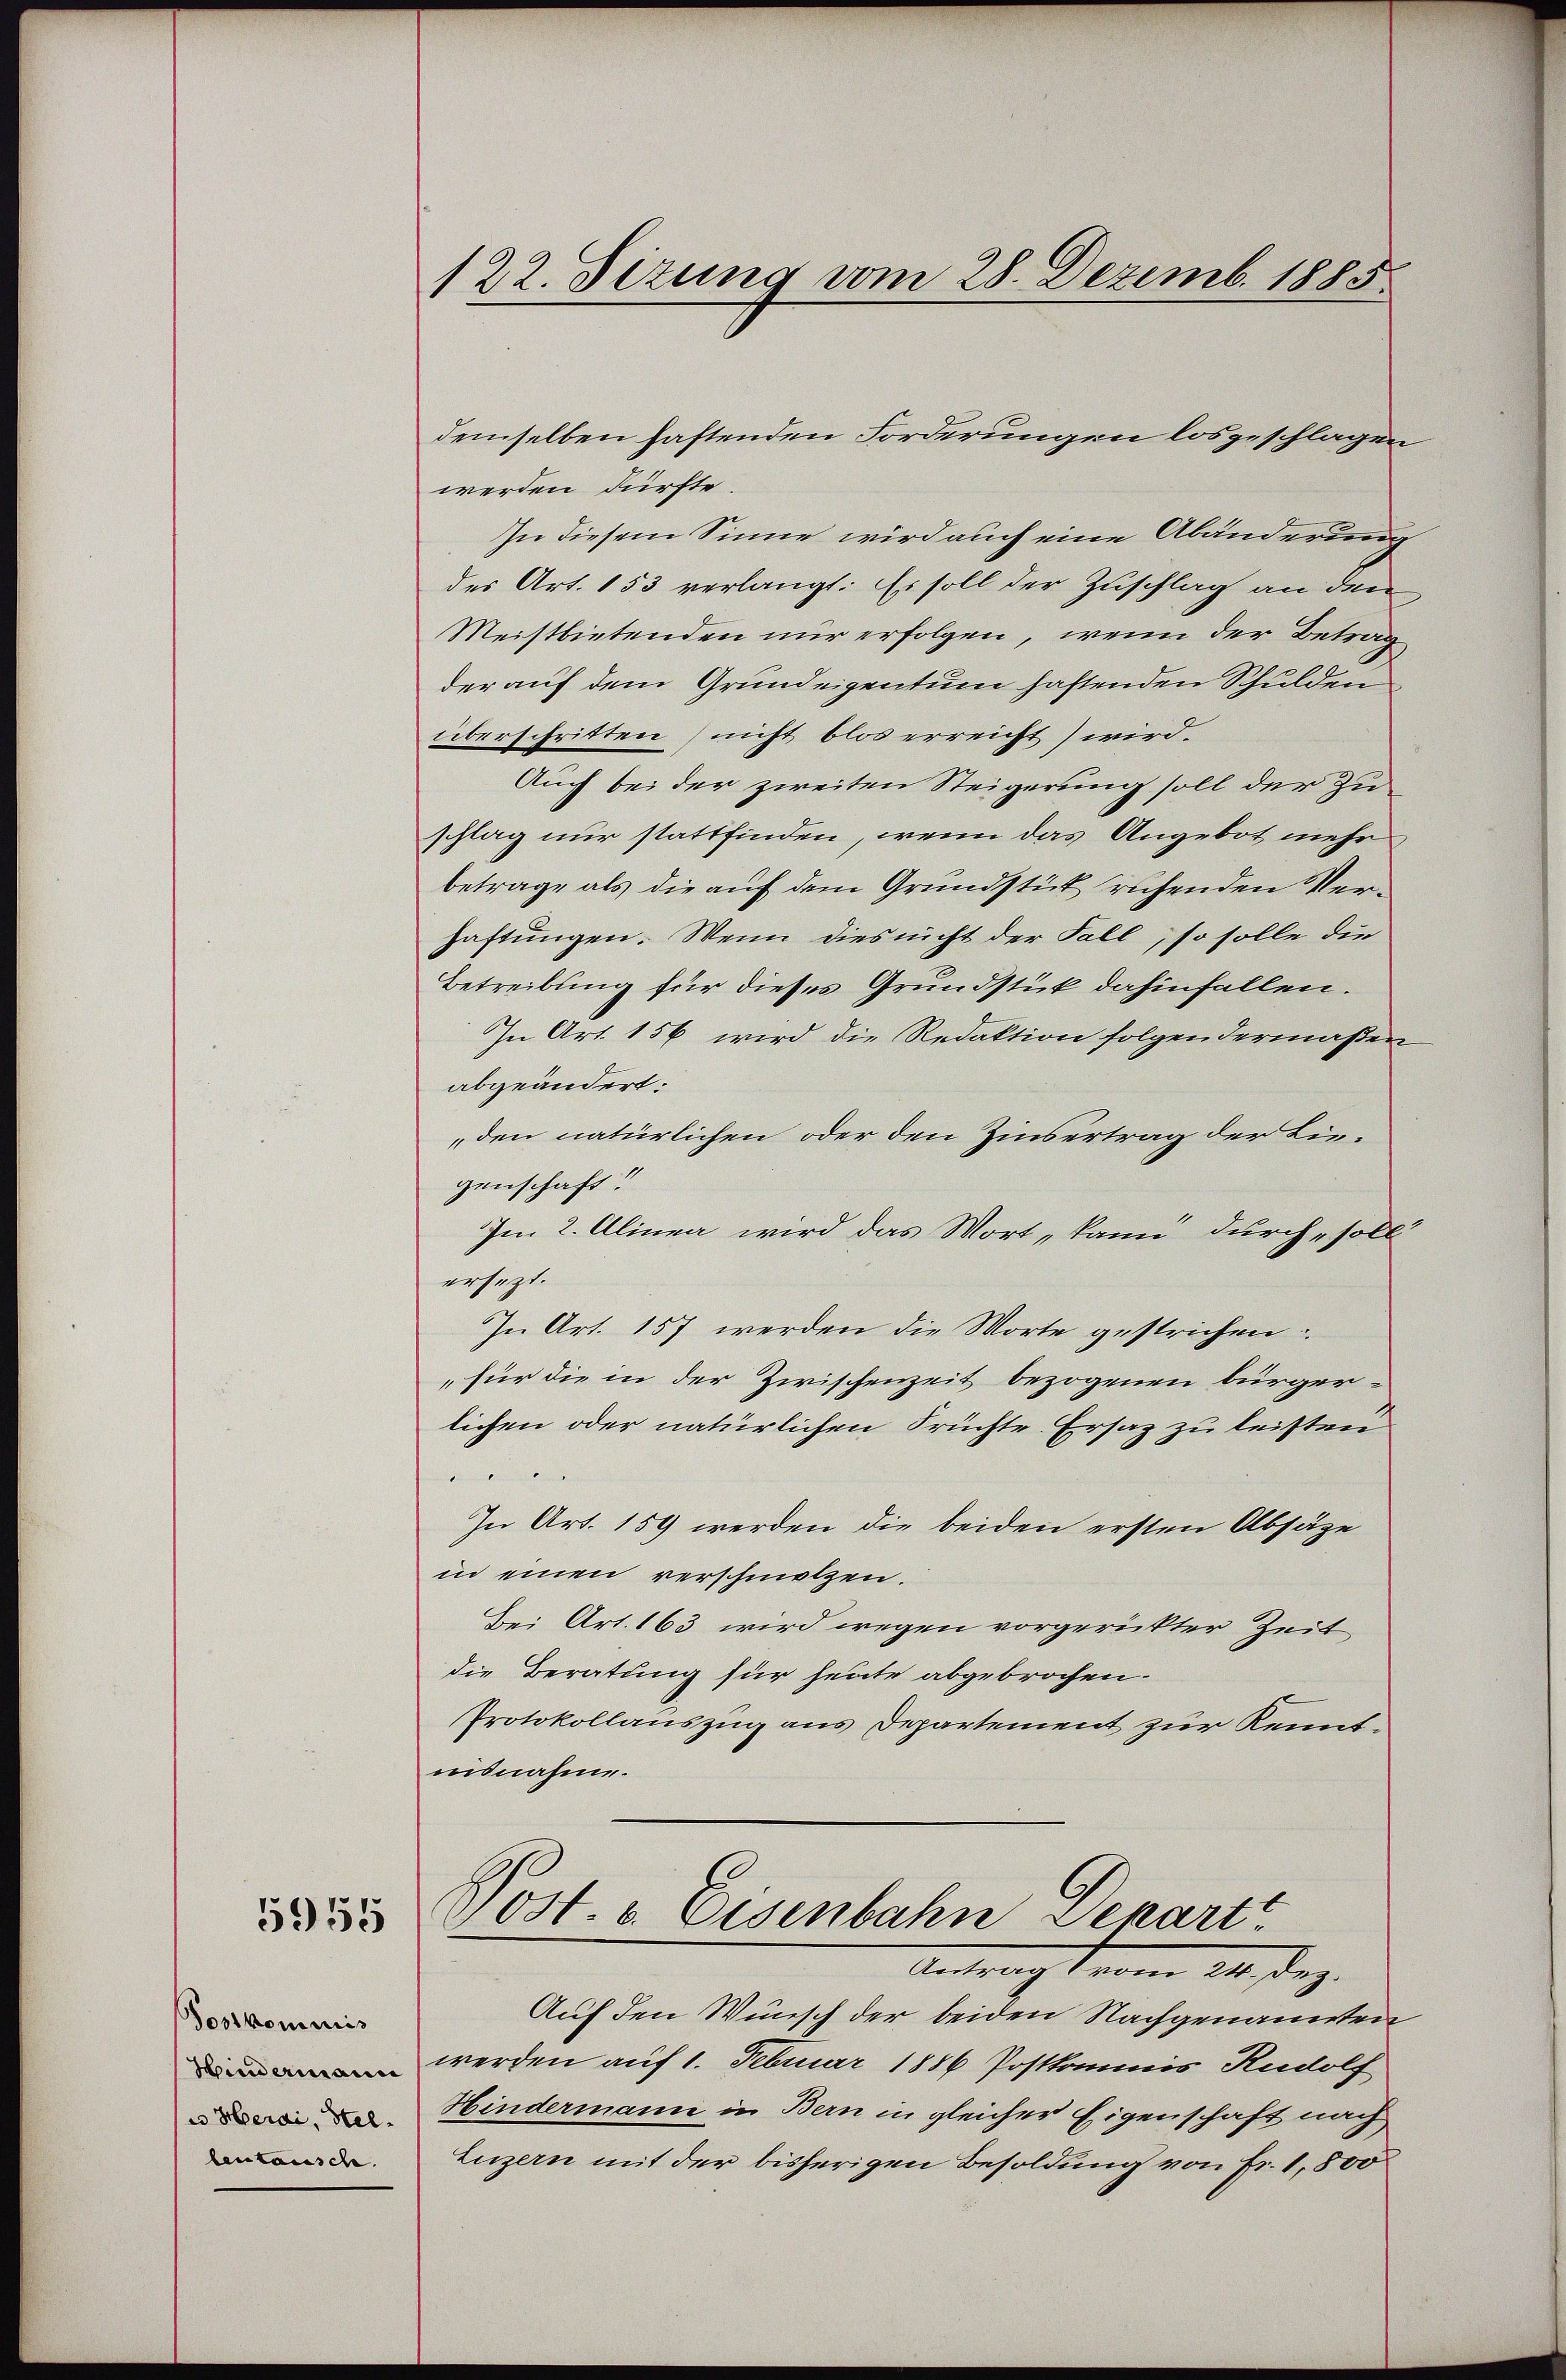
5955

Postkommis
Hindermann
u Herai, Hellentausch.

122. Sitzung vom 28. Dezemb. 1885.

demselben haftenden Forderungen losgeschlagen
werden dürfte.
In diesem Sinne wird auch eine Abänderung
des Art. 153 verlangt: Es soll der Zuschlag an den
Meistbietenden nur erfolgen, wenn der Betrag
der auf dem Grundeigentum haftenden Schulden
überschritten (nicht blos erreicht) wird.
Auch bei der zweiten Steigerung soll der Zuschlag nur stattfinden, wenn das Angebot mehr
betrage als die auf dem Grundstück ruhenden Verhaftungen. Wenn dies nicht der Fall, so solle die
Betreibung für dieses Grundstück dahinfallen.
In Art. 156 wird die Redaktion folgendermaßen
abgeändert.
den natürlichen oder den Zinsertrag der Ligenschaft?
Im 2. Alinea wird das Wort, kann durch soll
ersetzt.
In Art. 157 werden die Worte gestrichen:
für die in der Zwischenzeit bezogenen bürger-
lichen oder natürlichen Früchte Ersaz zu leisten
In Art. 159 werden die beiden ersten Absäze
in einen verschmalzen.
Bei Art. 163 wird wegen vorgerückter Zeit
die Beratung für heute abgebrochen.
Protokollauszug aus Departement zur Kenntnisnahme.
Post. v. Eisenbahn Denarti
 vom 24. Dez.
Auf den Wunsch der beiden Nachgenannten
werden auf 1. Februar 1886 Postkommis Rudolf
Hindermann in Bern in gleicher Eigenschaft nach
Luzern mit der bisherigen Besoldung von Fr. 1,800